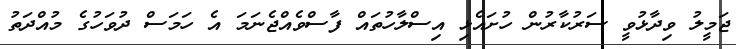
ޖަމީލު ވިދާޅުވީ ސަރުކާރުން ހުށައެޅި އިސްލާހުތައް ފާސްވެއްޖެނަމަ އެ ހަމަސް ދުވަހުގެ މުއްދަތު